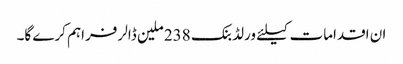
ان اقدامات کیلئے ورلڈ بنک 238 ملین ڈالر فراہم کرے گا۔